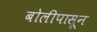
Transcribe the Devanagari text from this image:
बोलीपासून